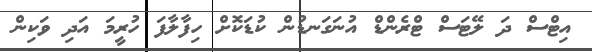
އިޓްސް ދަ ލޭޓަސް ޓްރެންޑް އުނަގަނޑުން ކުޑަކޮށް ހިފާލާފަ ހުރީމަ އަދި ވަކިން